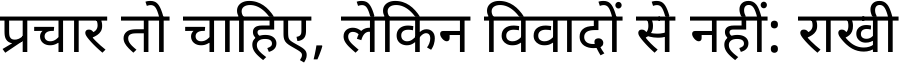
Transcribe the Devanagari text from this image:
प्रचार तो चाहिए, लेकिन विवादों से नहीं: राखी